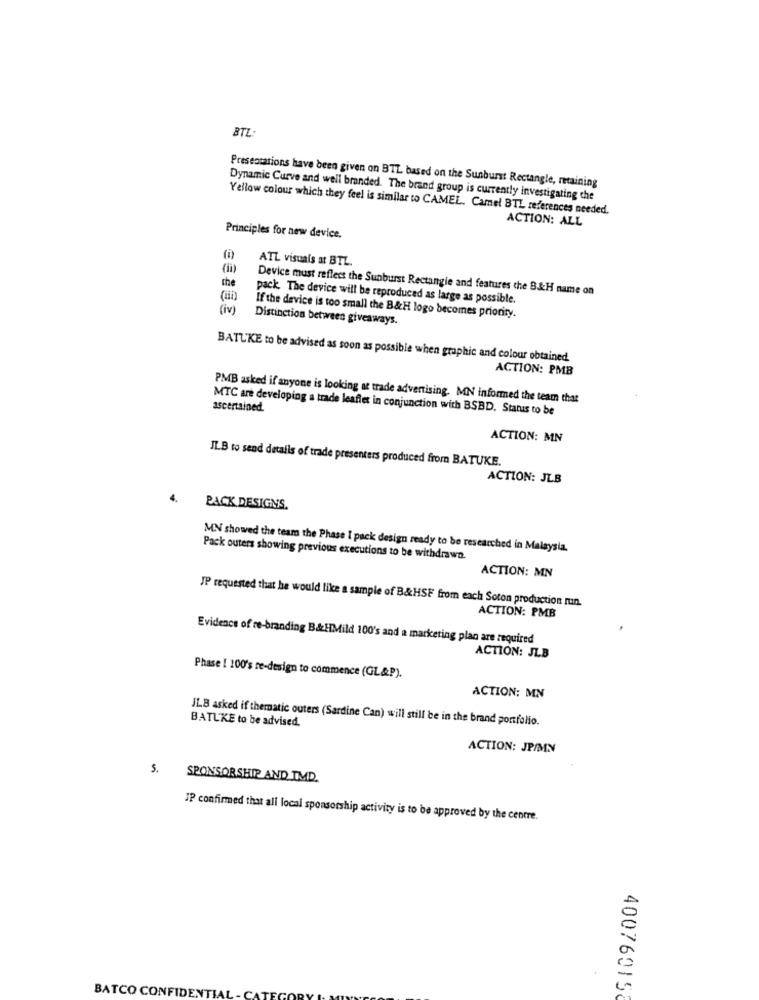
BTL
Presentations have been given on BTL based on the Sunburst Rectangle, retaining
Dynamic Curve and well branded. The brand group is currently investigating the
Yellow colour which they feel is similar to CAMEL. Camel BTL references needed.
ACTION: ALL
Principles for new device.
ATL visuals at BTL.
the
Device must reflect the Sunburst Rectangle and features the B&H name on
pack. The device will be reproduced as large as possible.
(iv)
If the device is too small the B&H logo becomes priority.
Distinction between giveaways.
BATL'KE to be advised as soon as possible when graphic and colour obtained.
ACTION: PMB
PMB asked if anyone is looking at trade advertising. MN informed the team that
MTC are developing a trade leaflet in conjunction with BSBD. Status to be
ascertained.
ACTION: MN
ILB to send details of trade presenters produced from BATUKE.
ACTION: JLB
PACK DESIGNS.
MN showed the team the Phase I pack design ready to be researched in Malaysia.
Pack outers showing previous executions to be withdrawn.
ACTION: MN
JP requested that he would like a sample of B&HSE from each Soton production run.
ACTION: PMB
Evidence of re-branding B&HMild 100's and a marketing plan are required
ACTION: JLB
Phase 1 100's re-design to commence (GL&P).
ACTION: MN
JLB asked if thematic outers (Sardine Can) will still be in the brand portfolio.
BATL'KE to be advised.
ACTION: JP/MN
5.
SPONSORSHIP AND IMD.
JP confirmed that all local sponsorship activity is to be approved by the centre.
40076015
BATCO CONFIDENTIA